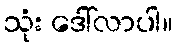
သုံး ဒေါ်လာပါ။